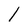
Character: l